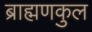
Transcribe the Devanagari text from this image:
ब्राह्मणकुल